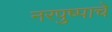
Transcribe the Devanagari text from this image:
नरपुष्पाचे